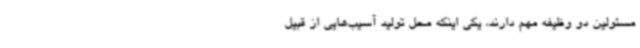
مسئولین دو وظیفه مهم دارند، یکی اینکه محل تولید آسیب‌هایی از قبیل